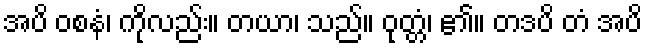
အပိ ဝစနံ၊ ကိုလည်း။ တယာ၊ သည်။ ဝုတ္တံ၊ ၏။ တဒပိ တံ အပိ